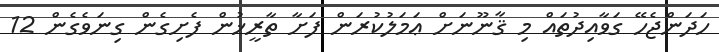
ހަދަންޖެހޭ ގަވާއިދުތައް މި ޤާނޫނަށް ޢަމަލުކުރަން ފަށާ ތާރީޚުން ފެށިގެން ގިނަވެގެން 12